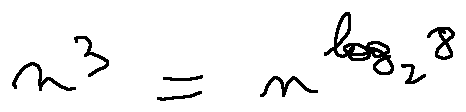
n ^ { 3 } = n ^ { \log _ { 2 } 8 }